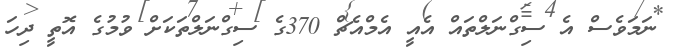
ނަމަވެސް އެ ސިިގްނަލްތައް އެއީ އެމްއެޗް 370ގެ ސިގްނަލްތަކަށް ވުމުގެ އޮތީ ދިހަ